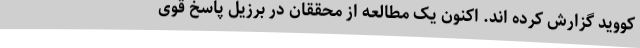
کووید گزارش کرده اند. اکنون یک مطالعه از محققان در برزیل پاسخ قوی